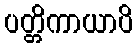
ပတ္တိကာယာပိ